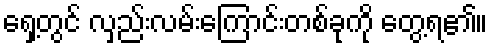
ရှေ့တွင် လှည်းလမ်းကြောင်းတစ်ခုကို တွေ့ရ၏။